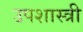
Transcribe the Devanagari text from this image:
उपशास्त्री